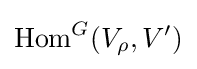
{\text{Hom}}^{G}(V_{\rho },V')